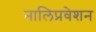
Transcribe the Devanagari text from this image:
नालिप्रवेशन